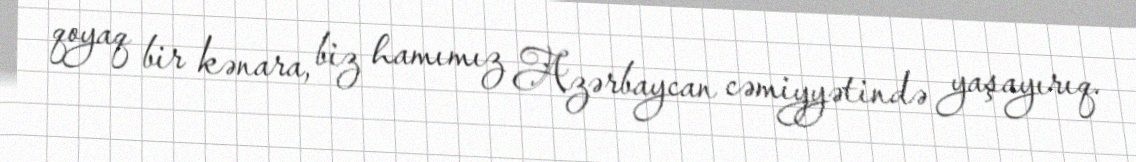
qoyaq bir kənara, biz hamımız Azərbaycan cəmiyyətində yaşayırıq.